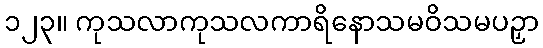
၁၂၃။ ကုသလာကုသလကာရိနောသမဝိသမပဉှာ